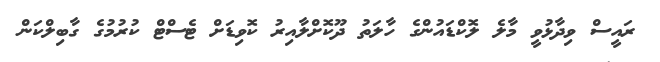
ރައީސް ވިދާޅުވީ މާލެ ލޮކްޑައުންގެ ހާލަތު ދޫކޮށްލާއިރު ކޮވިޑަށް ޓެސްޓް ކުރުމުގެ ގާބިލްކަން